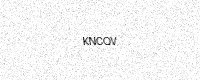
Text: KNCQV